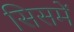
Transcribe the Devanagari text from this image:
सिसमें